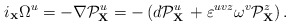
\begin{align*}i_{\scriptscriptstyle{\bf X}}\Omega^u=-\nabla{\cal P}^{u}_{{\bf X}}=-\left ( d{\cal P}^{u}_{{\bf X}}\, + \varepsilon^{uvz}\omega^{v} {\cal P}^{z}_{{\bf X}}\right ).\end{align*}